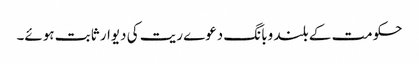
حکومت کے بلند وبانگ دعوے ریت کی دیوار ثابت ہوئے۔